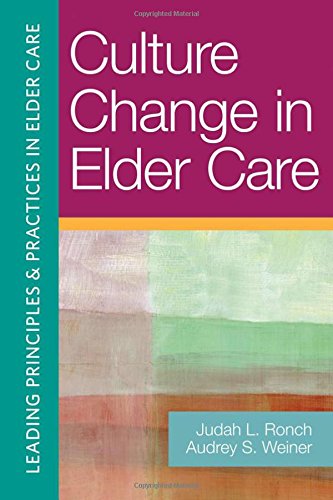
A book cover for Culture Change in Elder Care (Leading Principles & Practices in Elder Care); Medical Books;